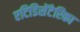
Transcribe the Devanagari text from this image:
एटिडिसेंटेरिका